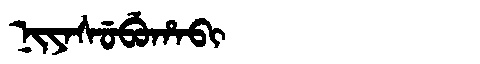
Manchu: ᠨᡳᠶᠠᠰᡠᠪᡠᡥᠠᠪᡳ
Romanization: NIYASUBUHABI